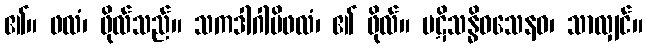
၏။ ဖလံ၊ ဖိုလ်သည်။ သကဒါဂါမိဖလံ၊ ၏ ဖိုလ်။ ပဋိသန္ဓိဝသေနဝ၊ သာလျှင်။